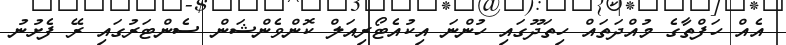
އެއް ހަފްތާގެ މުއްދަތައް ހިތަދޫގައި ހުންނަ އިކުއެޓޯރިއަލް ކޮންވެންޝަން ސެންޓަރުގައި ރޭ ފެށުނު